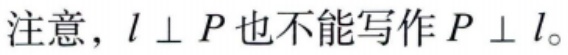
注意，$l\perp P$也不能写作$P\perp l$。